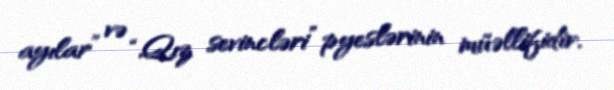
ayılar” və “Qız sevincləri” pyeslərinin müəllifidir.